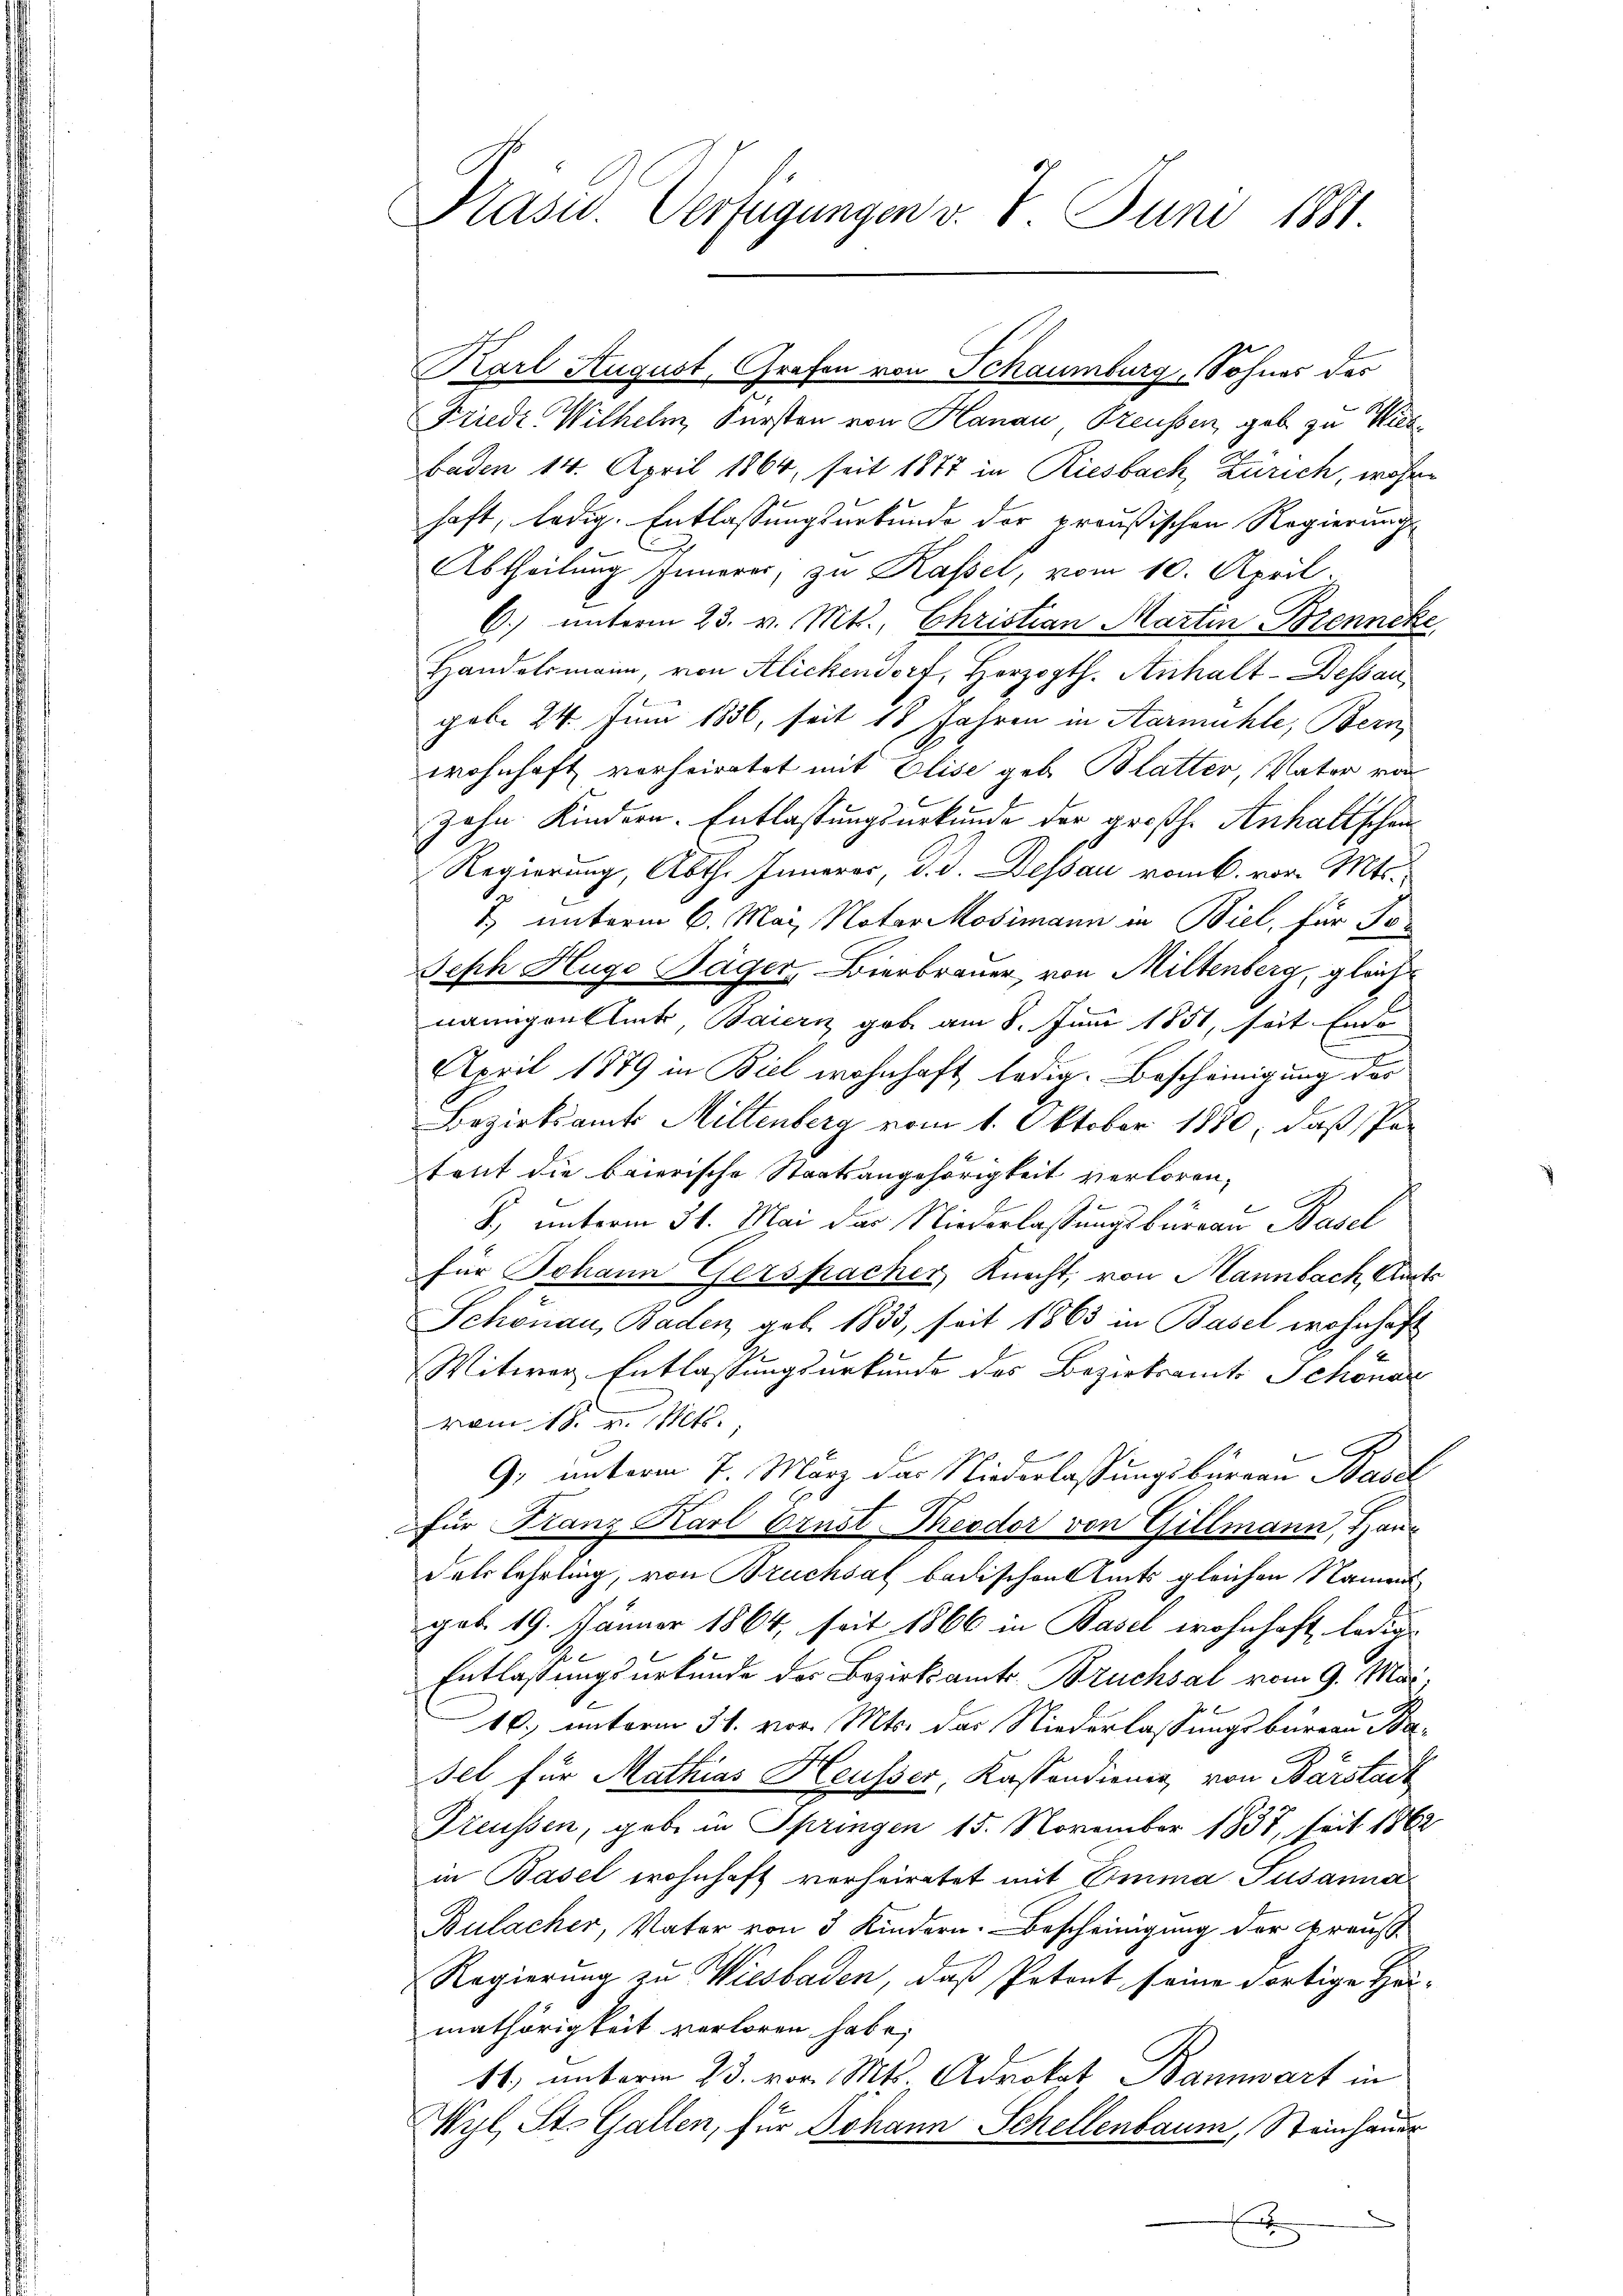
Präsid. Verfügungen v. 7. Juni 1881.

Karl August, Grafen von Schaumburg, Sohnes des
Friedr. Wilhelm, Fürsten von Hanau, Freussen, geb zu Wiede
baden 14. April 1864, seit 1877 in Riesbach, Zürich, währe
haft, ledig. Entlassungsurkunde der preußischen Regierung
Abtheilung Innerer, zu Kassel, vom 10. April
C.) unterm 23. v. Mt., Christian Martin Brenncke
Handelsmann, von Alickendorf, Herzogth. Anhalt-Dessau,
gob. 24. Juni 1836, seit 18 Jahren in Aarmühle, Bern,
wohnhaft vorheiratet mit Elise geb. Blatter, Vater von
zahn Kindern. Entlassungsurkunde der großh. Anhaltschen¬
Regierung, Abth. Innerer, d. d. Dessau vom k. vor. Mts.
1) unterm 6. Mai Notar Mosimann in Biel, für So¬
Seph Hugo Täger, Bierbrauer, von Miltenberg, gleich
näungenblick Baiern gab am 8. Juni 1851, seit Ende
e
April 1879 in Biel wohnhaft, ledig. Bescheinigung der
Bezirksamts Miltenberg vom 1. Oktober 1880, daß Par
tent die baierische Staatsangehörigkeit verloren,
B., unterm 31. Mai das Niederlassungsburgau Basel
für Johann Gerspacher, Knecht, von Mannbach, Amts
Schönau, Baden, geb. 1833, seit 1863 in Basel wohnhaft
Witwer Entlassungsurkunde des Bezirksamts Schöner
vom 18. v. Mts.
9, unterm 7. März das Niederlassungsbureau Basel
für Franz Karl Ernst Theodor von Gillmann, Han¬
Felslehrling, von Bruchsal badischen Amts gleichen Namen
geb. 19. Jänner 1864, seit 1866 in Basel wohnhaft, ledig
Entlassungsurkunde des Bezirksamts Bruchsal vom 9. Mai
10., unterm 31. vor. Mts. das Niederlassungsbureau Ba¬
Fel für Mathias Heusser, Kaspondienen von Barstadt
Preussen, gabe in Springen 15. November 1837, seit 1862
in Basel wohnhaft verheiratet mit Emma Susanna
Bulacher, Vater von 5 Kindern. Bescheinigung der Braus
Regierung zu Wiesbaden, daß Petent seine dortige Hei-
mathörigkeit verloren habe;
11. unterm 23. vor. Mts. Advokat Bannwart in
Wyl, St. Gallen, für Johann Schellenbaum, Steinhauer
.